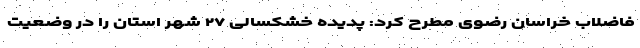
فاضلاب خراسان رضوی مطرح کرد: پدیده خشکسالی ۲۷ شهر استان را در وضعیت